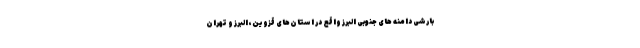
بارشی دامنه های جنوبی البرز واقع در استان‌های قزوین، البرز و تهران